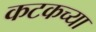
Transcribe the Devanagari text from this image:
कटकच्या